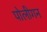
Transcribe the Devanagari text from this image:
पोलीगन